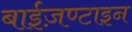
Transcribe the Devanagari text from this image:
बाईज़ण्टाइन